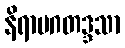
နိရာမဂတဒ္ဒသာ